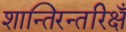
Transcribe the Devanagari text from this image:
शान्तिरन्तरिक्षँ